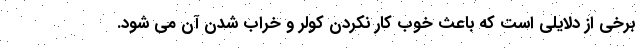
برخی از دلایلی است که باعث خوب کار نکردن کولر و خراب شدن آن می شود.